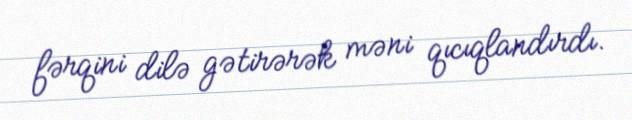
fərqini dilə gətirərək məni qıcıqlandırdı.